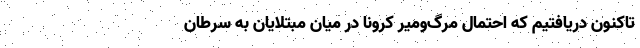
تاکنون دریافتیم که احتمال مرگ‌ومیر کرونا در میان مبتلایان به سرطان